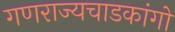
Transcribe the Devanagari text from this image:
गणराज्यचाडकांगो